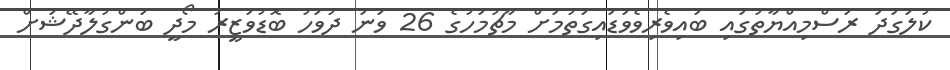
ކުލަގަދަ ރަސްމިއްޔާތުގައި ބައިވެރިވެވަޑައިގަތުމަށް މާޗުމަހުގެ 26 ވަނަ ދުވަހު ބޮޑުވަޒީރު މޯދީ ބަންގުލާދޭޝަށް